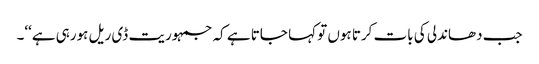
جب دھاندلی کی بات کرتا ہوں تو کہا جاتا ہے کہ جمہوریت ڈی ریل ہورہی ہے‘‘۔